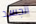
الجسد